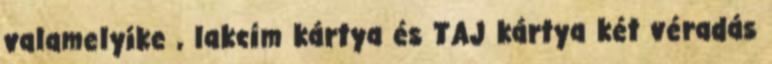
valamelyike , lakcím kártya és TAJ kártya két véradás